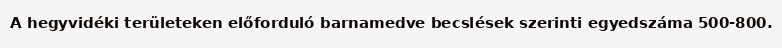
A hegyvidéki területeken előforduló barnamedve becslések szerinti egyedszáma 500-800.